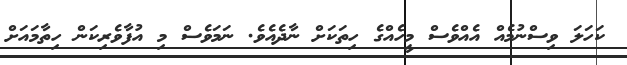
ކަހަލަ ވިސްނުމެއް އެއްވެސް މީހެއްގެ ހިތަކަށް ނާދެއެވެ. ނަމަވެސް މި އުފާވެރިކަން ހިތާމައަށް